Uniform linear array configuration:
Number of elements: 64
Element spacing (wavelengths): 1
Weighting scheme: exponential
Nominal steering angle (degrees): -15
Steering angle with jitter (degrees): -13.957
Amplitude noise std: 0.05
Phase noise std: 0.05

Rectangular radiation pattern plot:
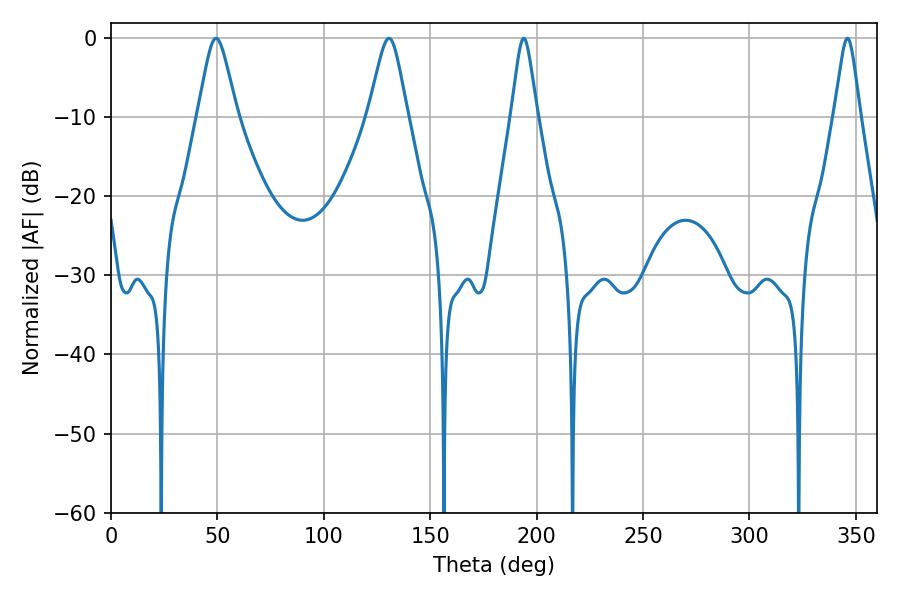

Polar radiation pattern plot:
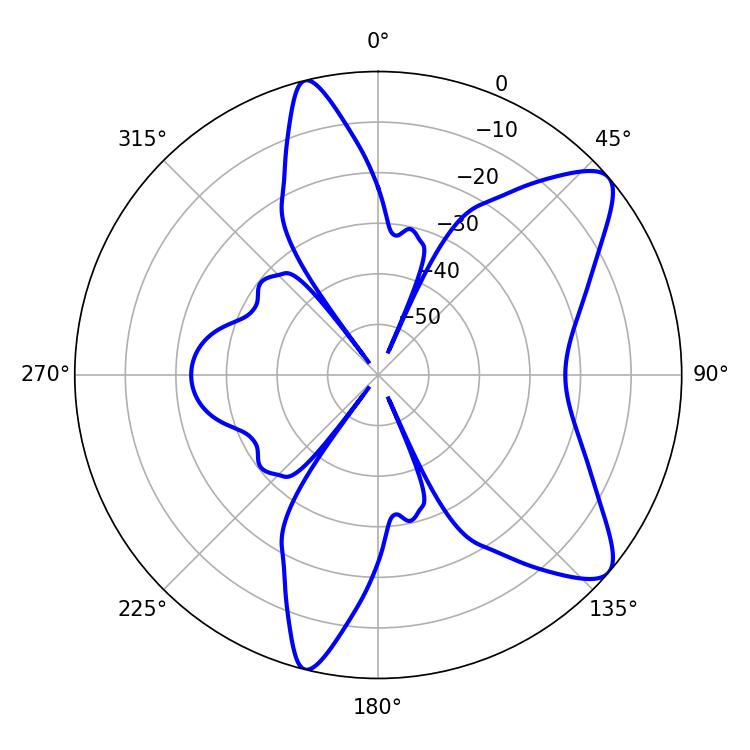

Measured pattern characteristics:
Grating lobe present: TRUE
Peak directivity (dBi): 9.385
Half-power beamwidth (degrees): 8.82
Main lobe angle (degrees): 49.32